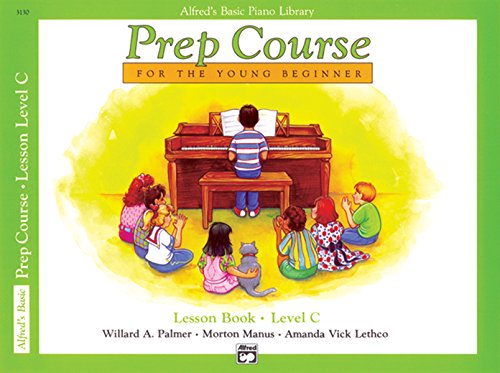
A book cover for Prep Course For the Young Beginner: Lesson Book Level C; Willard A. Palmer; Computers & Technology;